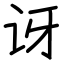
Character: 讶